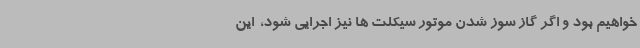
خواهیم بود و اگر گاز سوز شدن موتور سیکلت ها نیز اجرایی شود، ‌ این